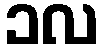
၁လ